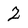
Character: Z